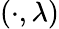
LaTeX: (\cdot,\lambda)